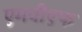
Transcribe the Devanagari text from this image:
एमवीएफ